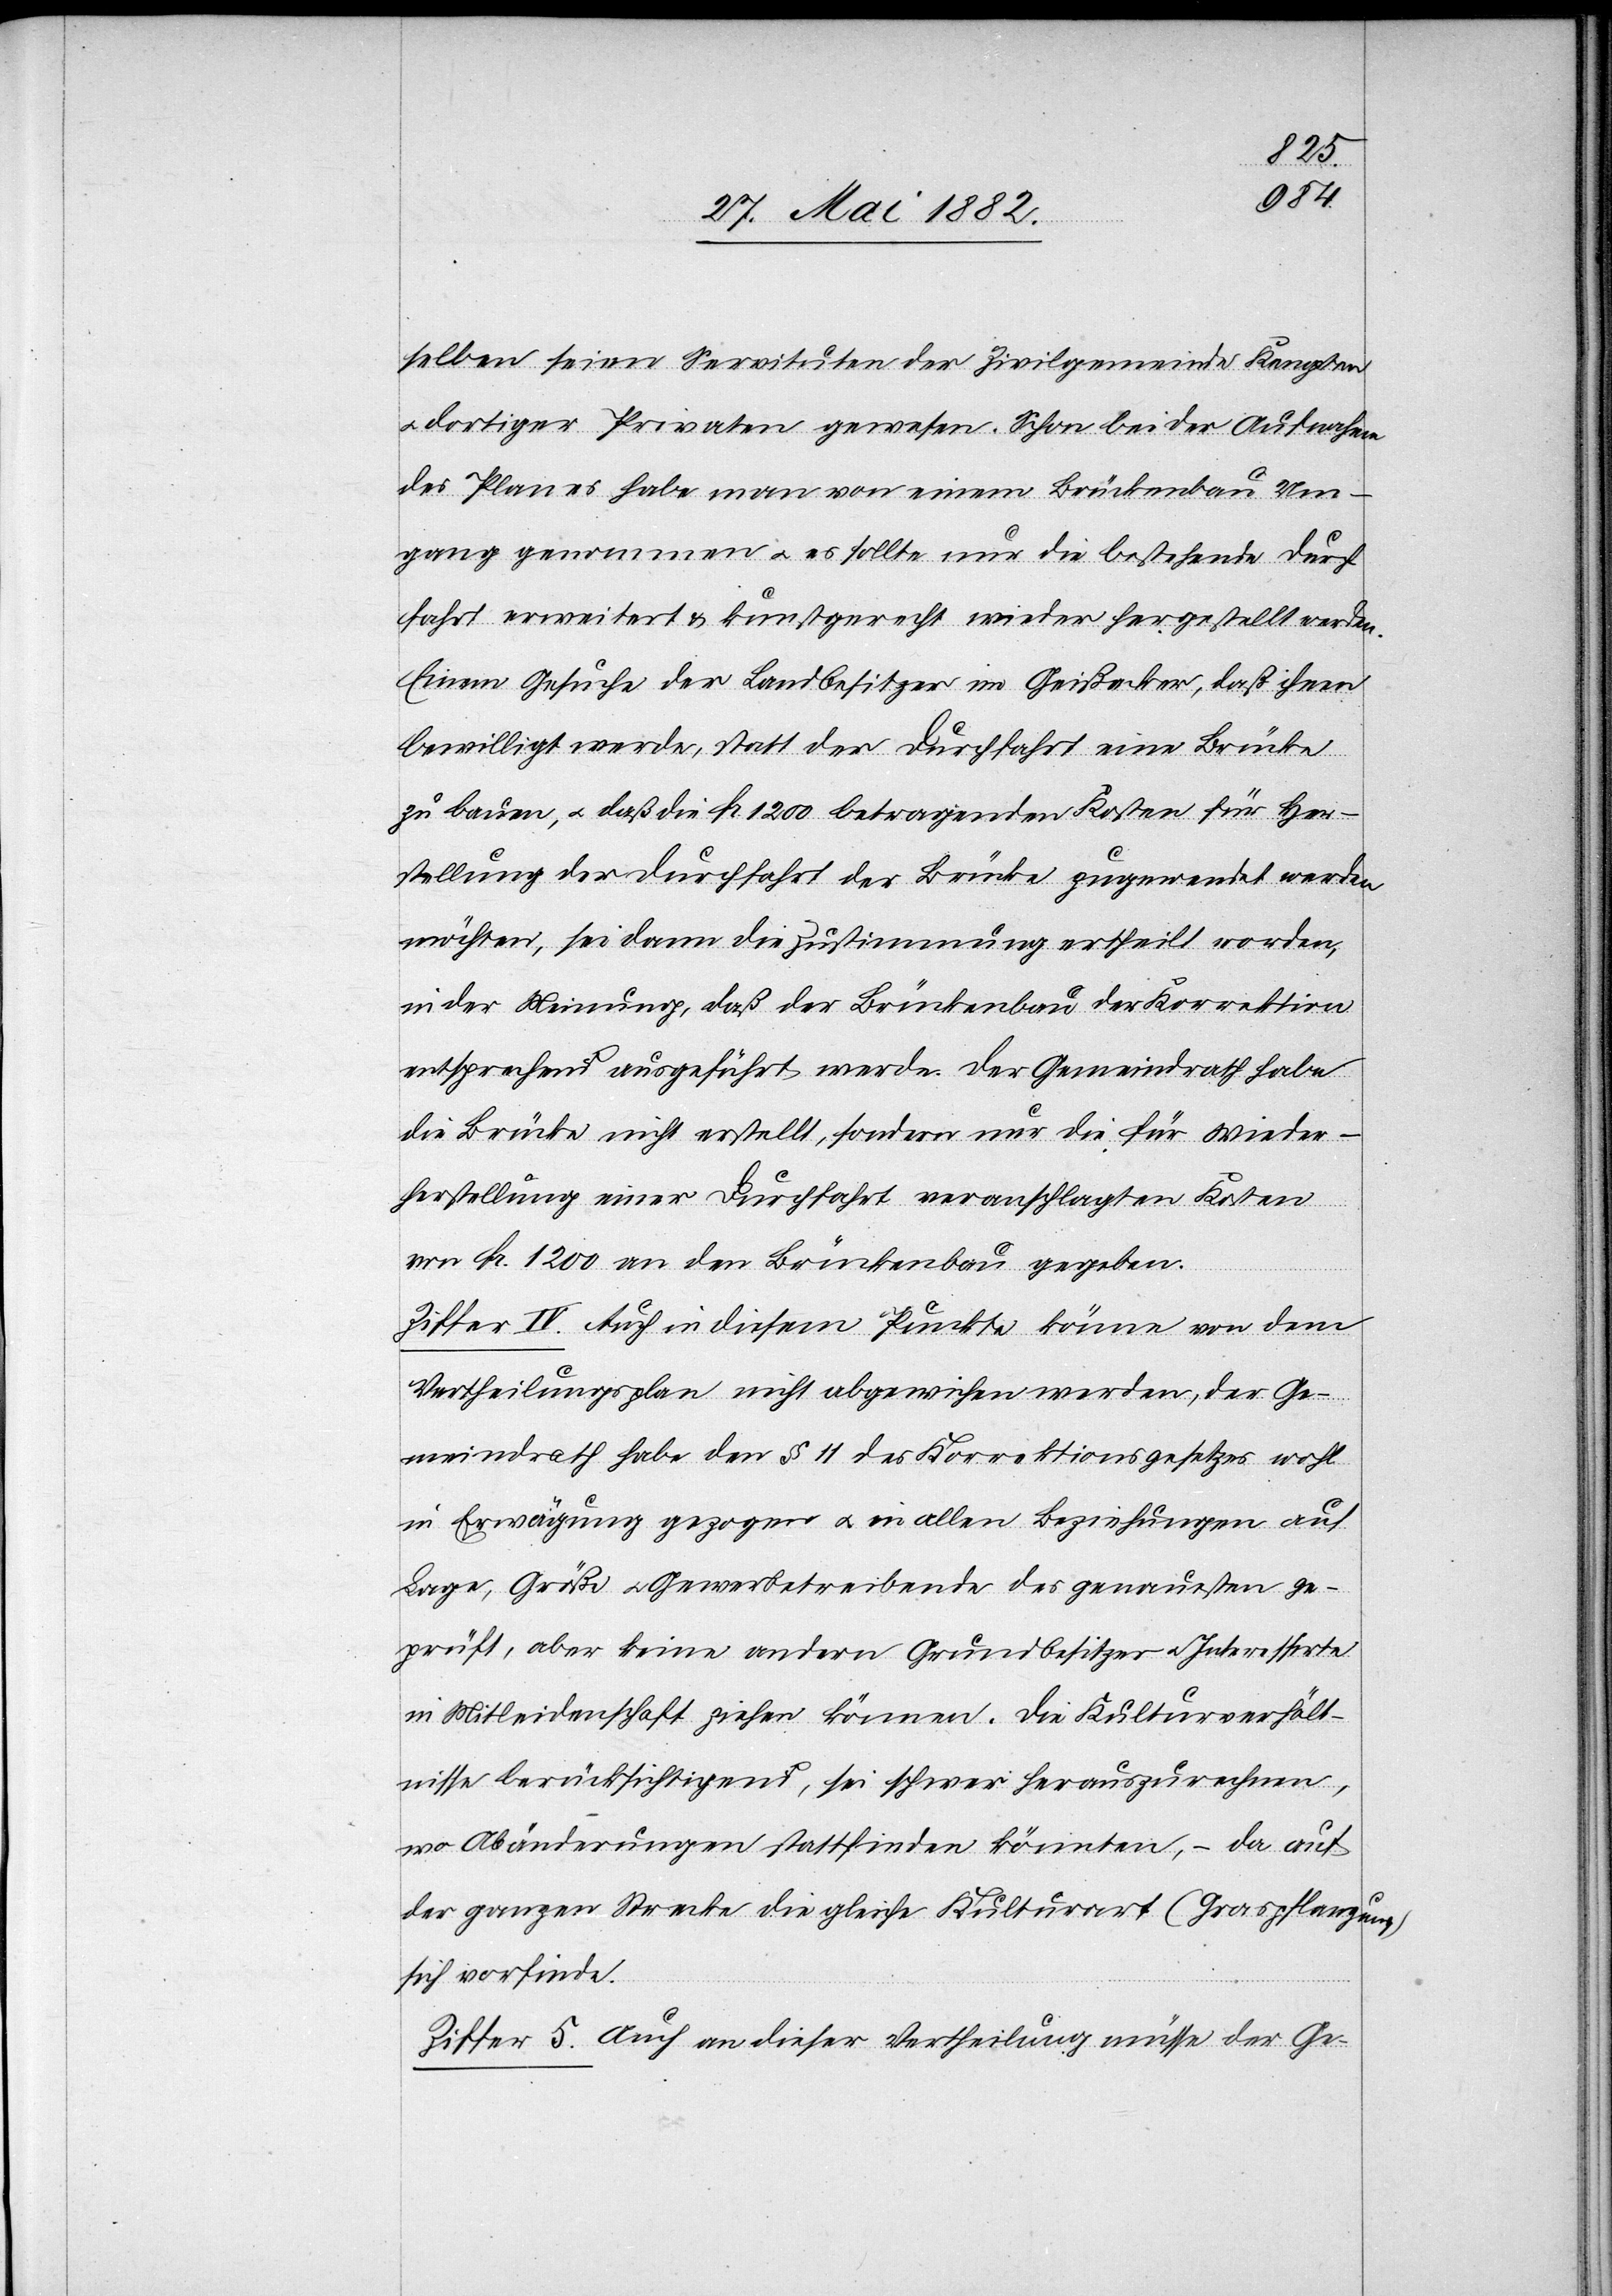
selben seien Servituten der Zivilgemeinde Kempten
dortiger Privaten gewesen. Schon bei der Aufnahme
des Planes habe man von einem Brückenbau Um¬
gang genommen u. es sollte nur die bestehende Durch¬
fahrt erweitert & kunstgerecht wieder hergestellt werden.
Einem Gesuche der Landbesitzer im Gießacker, daß ihnen
bewilligt werde, statt der Durchfahrt eine Brücke
zu bauen, u. daß die Fr. 1200 betragenden Kosten für Her¬
stellung der Durchfahrt der Brücke zugewendet werden
möchten, sei dann die Zustimmung ertheilt worden,
in der Meinung, daß der Brückenbau der Korrektion
entsprechend ausgeführt werde. Der Gemeindrath habe
die Brücke nicht erstellt, sondern nur die für Wieder¬
herstellung einer Durchfahrt veranschlagten Kosten
von Fr. 1200 an den Brückenbau gegeben.
Ziffer IV. Auch in diesem Punkte könne von dem
Vertheilungsplan nicht abgewichen werden, der Ge¬
meindrath habe den § 11 des Korrektionsgesetzes wohl
in Erwägung gezogen u. in allen Beziehungen auf
Lage, Größe u. Gewerbetreibende des genauesten ge¬
prüft, aber keine andern Grundbesitzer u. Interessirte
in Mitleidenschaft ziehen können. Die Kulturverhält¬
nisse berücksichtigend, sei schwer herauszurechnen,
wo Abänderungen stattfinden könnten – da auf
der ganzen Strecke die gleiche Kulturart (Graspflanzung)
sich vorfinde.
Ziffer 5. [sic!] Auch an dieser Vertheilung müsse der Ge-